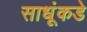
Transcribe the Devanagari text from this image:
साधूंकडे